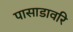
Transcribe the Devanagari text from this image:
पासाडावरि